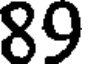
89